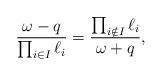
LaTeX: \begin{align*} \frac{ \omega - q }{ \prod_{i \in I} \ell_i } = \frac{ \prod_{i \notin I} \ell_i }{ \omega + q }, \end{align*}